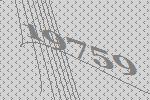
19759